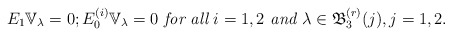
\begin{align*} E_1\mathbb{V}_{\lambda}=0;E_0^{(i)}\mathbb{V}_{\lambda}=0 \textit{ for all } i=1,2 \textit{ and }\lambda\in \mathfrak{B}_3^{(r)}(j),j=1,2. \end{align*}